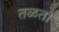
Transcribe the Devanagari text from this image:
तळता